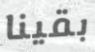
بقينا